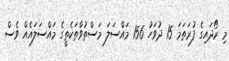
މި ރޯދައިގެ ފުރަތަމަ 15 ދުވަހު 156 މައްސަލަ މަސްތުވާތަކެތީގެ މައްސަލައެއް ވެސް